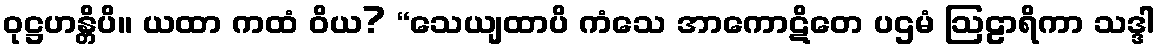
ဝုဋ္ဌဟန္တိပိ။ ယထာ ကထံ ဝိယ? “သေယျထာပိ ကံသေ အာကောဋိတေ ပဌမံ ဩဠာရိကာ သဒ္ဒါ